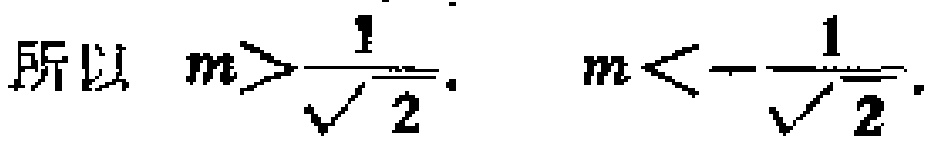
所以 \(m>\frac{1}{\sqrt{2}}\). \(m<-\frac{1}{\sqrt{2}}\).